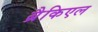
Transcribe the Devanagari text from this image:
ब्रैकिएल